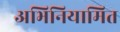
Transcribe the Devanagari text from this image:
अभिनियामित